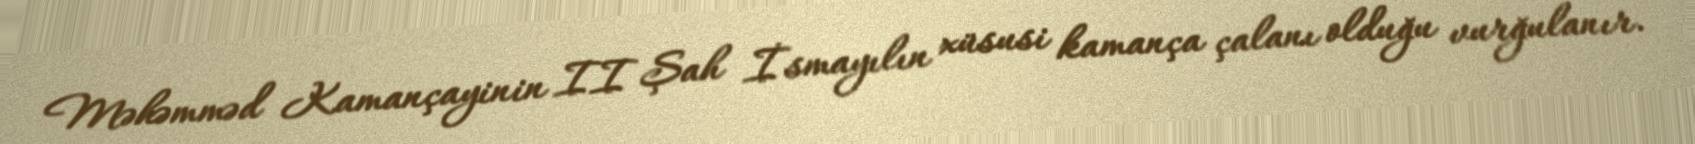
Məhəmməd Kamançayinin II Şah İsmayılın xüsusi kamança çalanı olduğu vurğulanır.